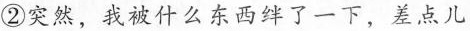
②突然，我被什么东西绊了一下，差点儿